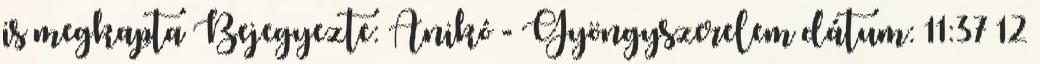
is megkapta Bejegyezte: Anikó - Gyöngyszerelem dátum: 11:37 12